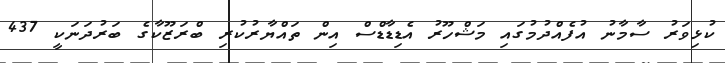
ކުޅިވަރު ސާމާނު އުފެއްދުމުގައި މަޝްހޫރު އެޑިޑާޑްސް އިން ތައްޔާރުކުރި ބްރަޒޫކާގެ ބަރުދަނަކީ 437